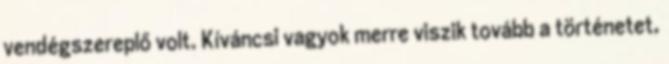
vendégszereplő volt. Kíváncsi vagyok merre viszik tovább a történetet,